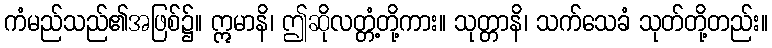
ကံမည်သည်၏အဖြစ်၌။ ဣမာနိ၊ ဤဆိုလတ္တံ့တို့ကား။ သုတ္တာနိ၊ သက်သေခံ သုတ်တို့တည်း။